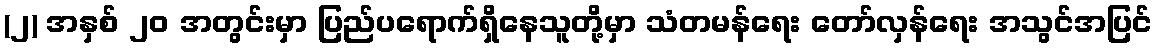
(၂) အနှစ် ၂၀ အတွင်းမှာ ပြည်ပရောက်ရှိနေသူတို့မှာ သံတမန်ရေး တော်လှန်ရေး အသွင်အပြင်